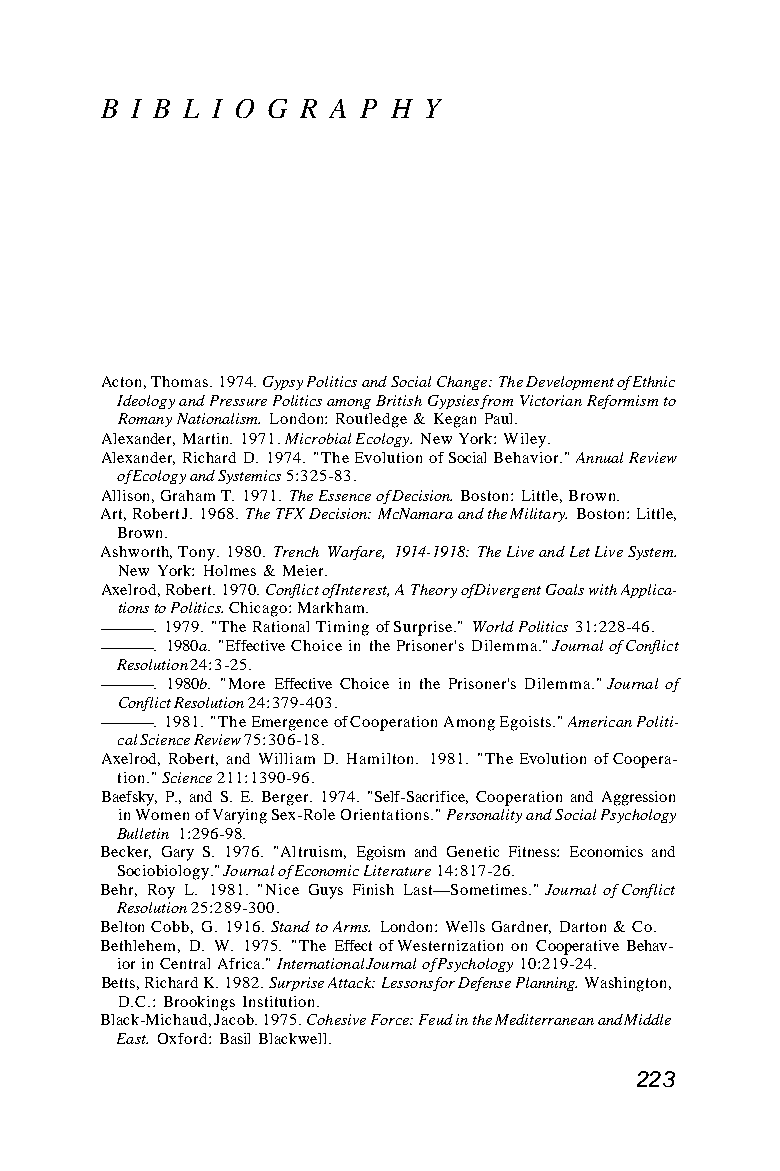
B I B L I O G R A P H Y
 Acton, Thomas. 1974. Gypsy Politics and Social Change: The Development of Ethnic
 Ideology and Pressure Politics among British Gypsies from Victorian Reformism to
 Romany Nationalism. London: Routledge & Kegan Paul.
 Alexander, Martin. 1971. Microbial Ecology. New York: Wiley.
 Alexander, Richard D. 1974. "The Evolution of Social Behavior." Annual Review
 of Ecology and Systemics 5:325-83.
 Allison, Graham T. 1971. The Essence of Decision. Boston: Little, Brown.
 Art, Robert J. 1968. The TFX Decision: McNamara and the Military. Boston: Little,
 Brown.
 Ashworth, Tony. 1980. Trench Warfare, 1914-1918: The Live and Let Live System.
 New York: Holmes & Meier.
 Axelrod, Robert. 1970. Conflict of Interest, A Theory of Divergent Goals with Applica-
 tions to Politics. Chicago: Markham.
 . 1979. "The Rational Timing of Surprise." World Politics 31:228-46.
 . 1980a. "Effective Choice in the Prisoner's Dilemma." Journal of Conflict
 Resolution 24:3-25.
 . 1980b. "More Effective Choice in the Prisoner's Dilemma." Journal of
 Conflict Resolution 24:379-403.
 . 1981. "The Emergence of Cooperation Among Egoists." American Politi-
 cal Science Review 75:306-18.
 Axelrod, Robert, and William D. Hamilton. 1981. "The Evolution of Coopera-
 tion." Science 211:1390-96.
 Baefsky, P., and S. E. Berger. 1974. "Self-Sacrifice, Cooperation and Aggression
 in Women of Varying Sex-Role Orientations." Personality and Social Psychology
 Bulletin 1:296-98.
 Becker, Gary S. 1976. "Altruism, Egoism and Genetic Fitness: Economics and
 Sociobiology." Journal of Economic Literature 14:817-26.
 Behr, Roy L. 1981. "Nice Guys Finish Last—Sometimes." Journal of Conflict
 Resolution 25:289-300.
 Belton Cobb, G. 1916. Stand to Arms. London: Wells Gardner, Darton & Co.
 Bethlehem, D. W. 1975. "The Effect of Westernization on Cooperative Behav-
 ior in Central Africa." International Journal of Psychology 10:219-24.
 Betts, Richard K. 1982. Surprise Attack: Lessons for Defense Planning. Washington,
 D.C.: Brookings Institution.
 Black-Michaud, Jacob. 1975. Cohesive Force: Feud in the Mediterranean and Middle
 East. Oxford: Basil Blackwell.
 223